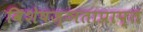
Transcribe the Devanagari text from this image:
विशेषज्ञताप्राप्त